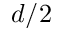
d / 2